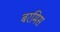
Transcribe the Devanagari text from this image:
बरमिस